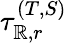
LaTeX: \tau_{\mathbb{R},r}^{(T,S)}